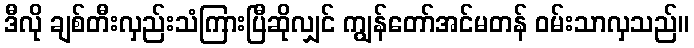
ဒီလို ချစ်တီးလှည်းသံကြားပြီဆိုလျှင် ကျွန်တော်အင်မတန် ဝမ်းသာလှသည်။